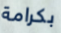
بكرامة